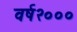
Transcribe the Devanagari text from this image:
वर्ष२०००